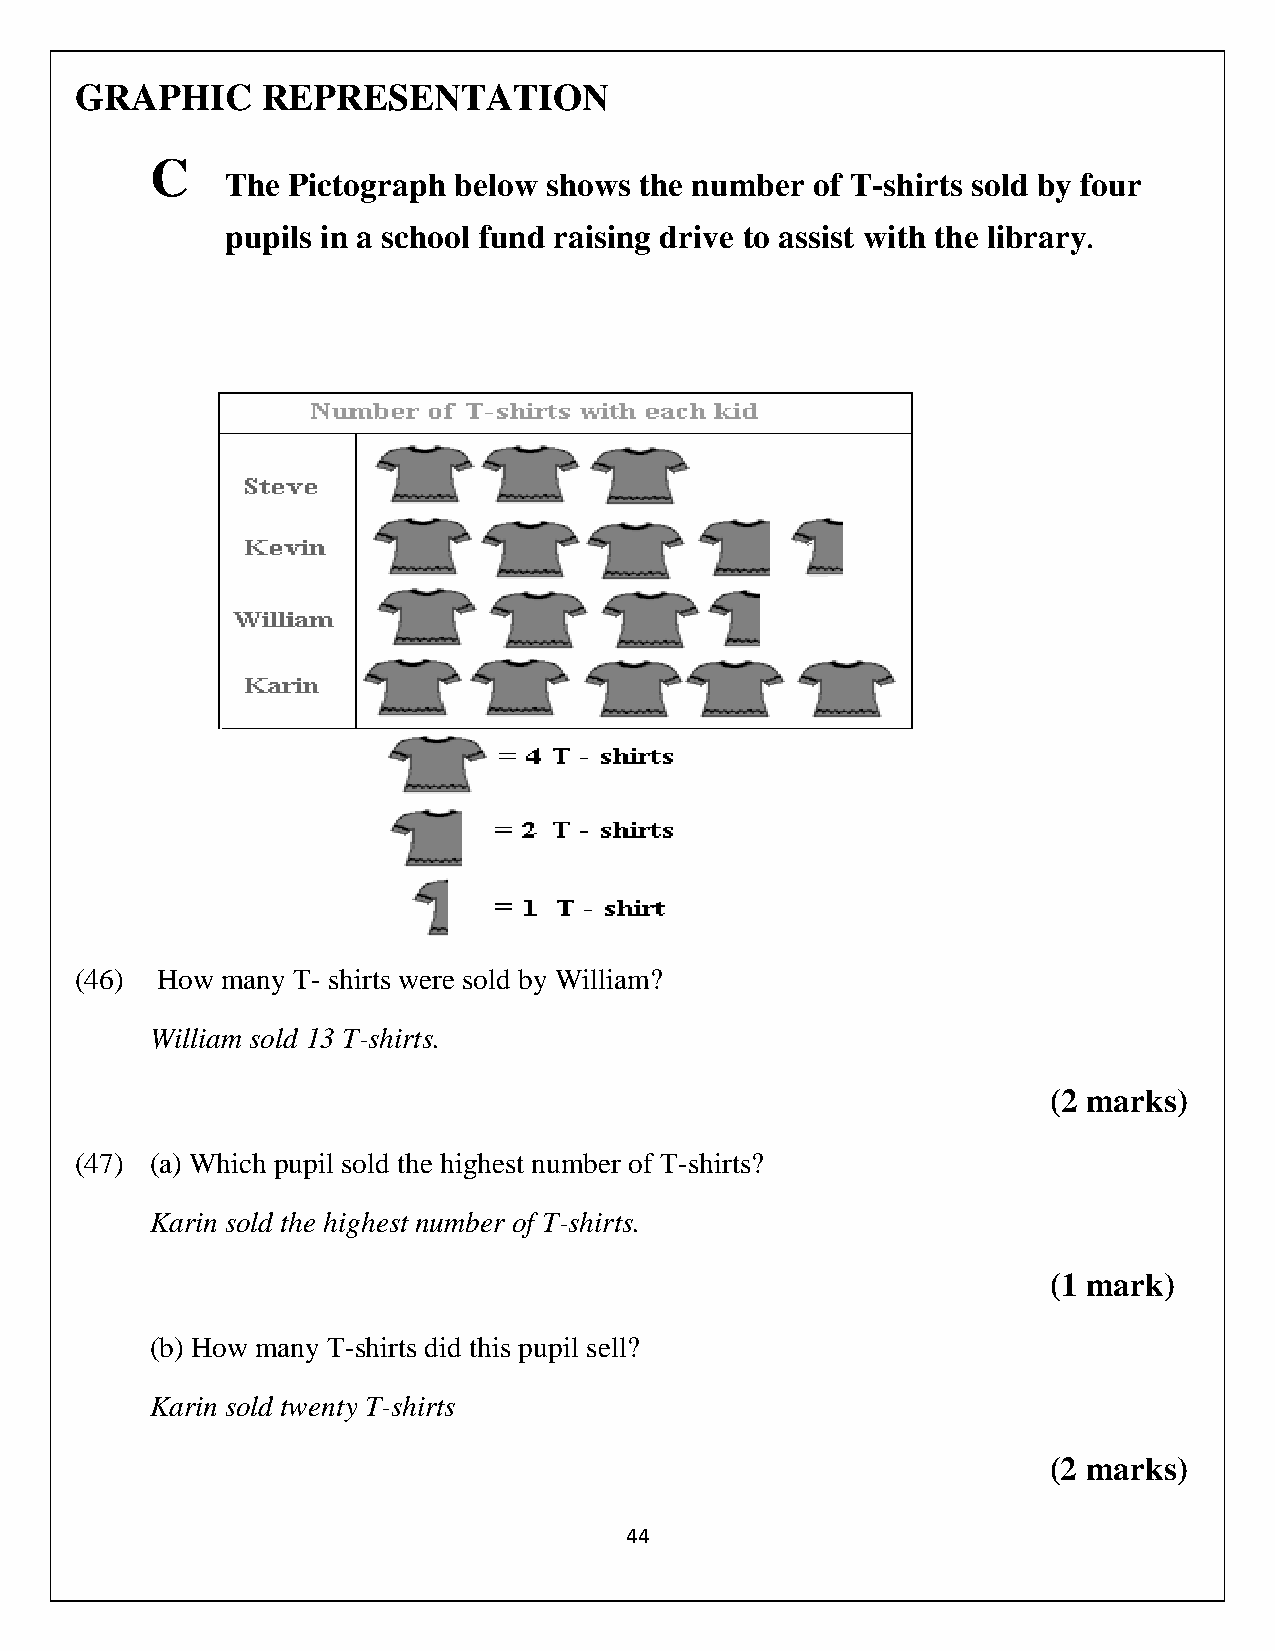
GRAPHIC     REPRESENTATION
 C
 The Pictograph below shows the number  of T-shirts sold by four
 pupils in a school fund raising drive to assist with the library
 .
 (46) How  many T- shirts were sold by William?
 William sold 13 T-shirts.
 (2 marks)
 (47) (a) Which pupil sold the highest number of T-shirts?
 Karin sold the highest number of T-shirts.
 (1 mark)
 (b) How many T-shirts did this pupil sell?
 Karin sold twenty T-shirts
 (2 marks)
 44